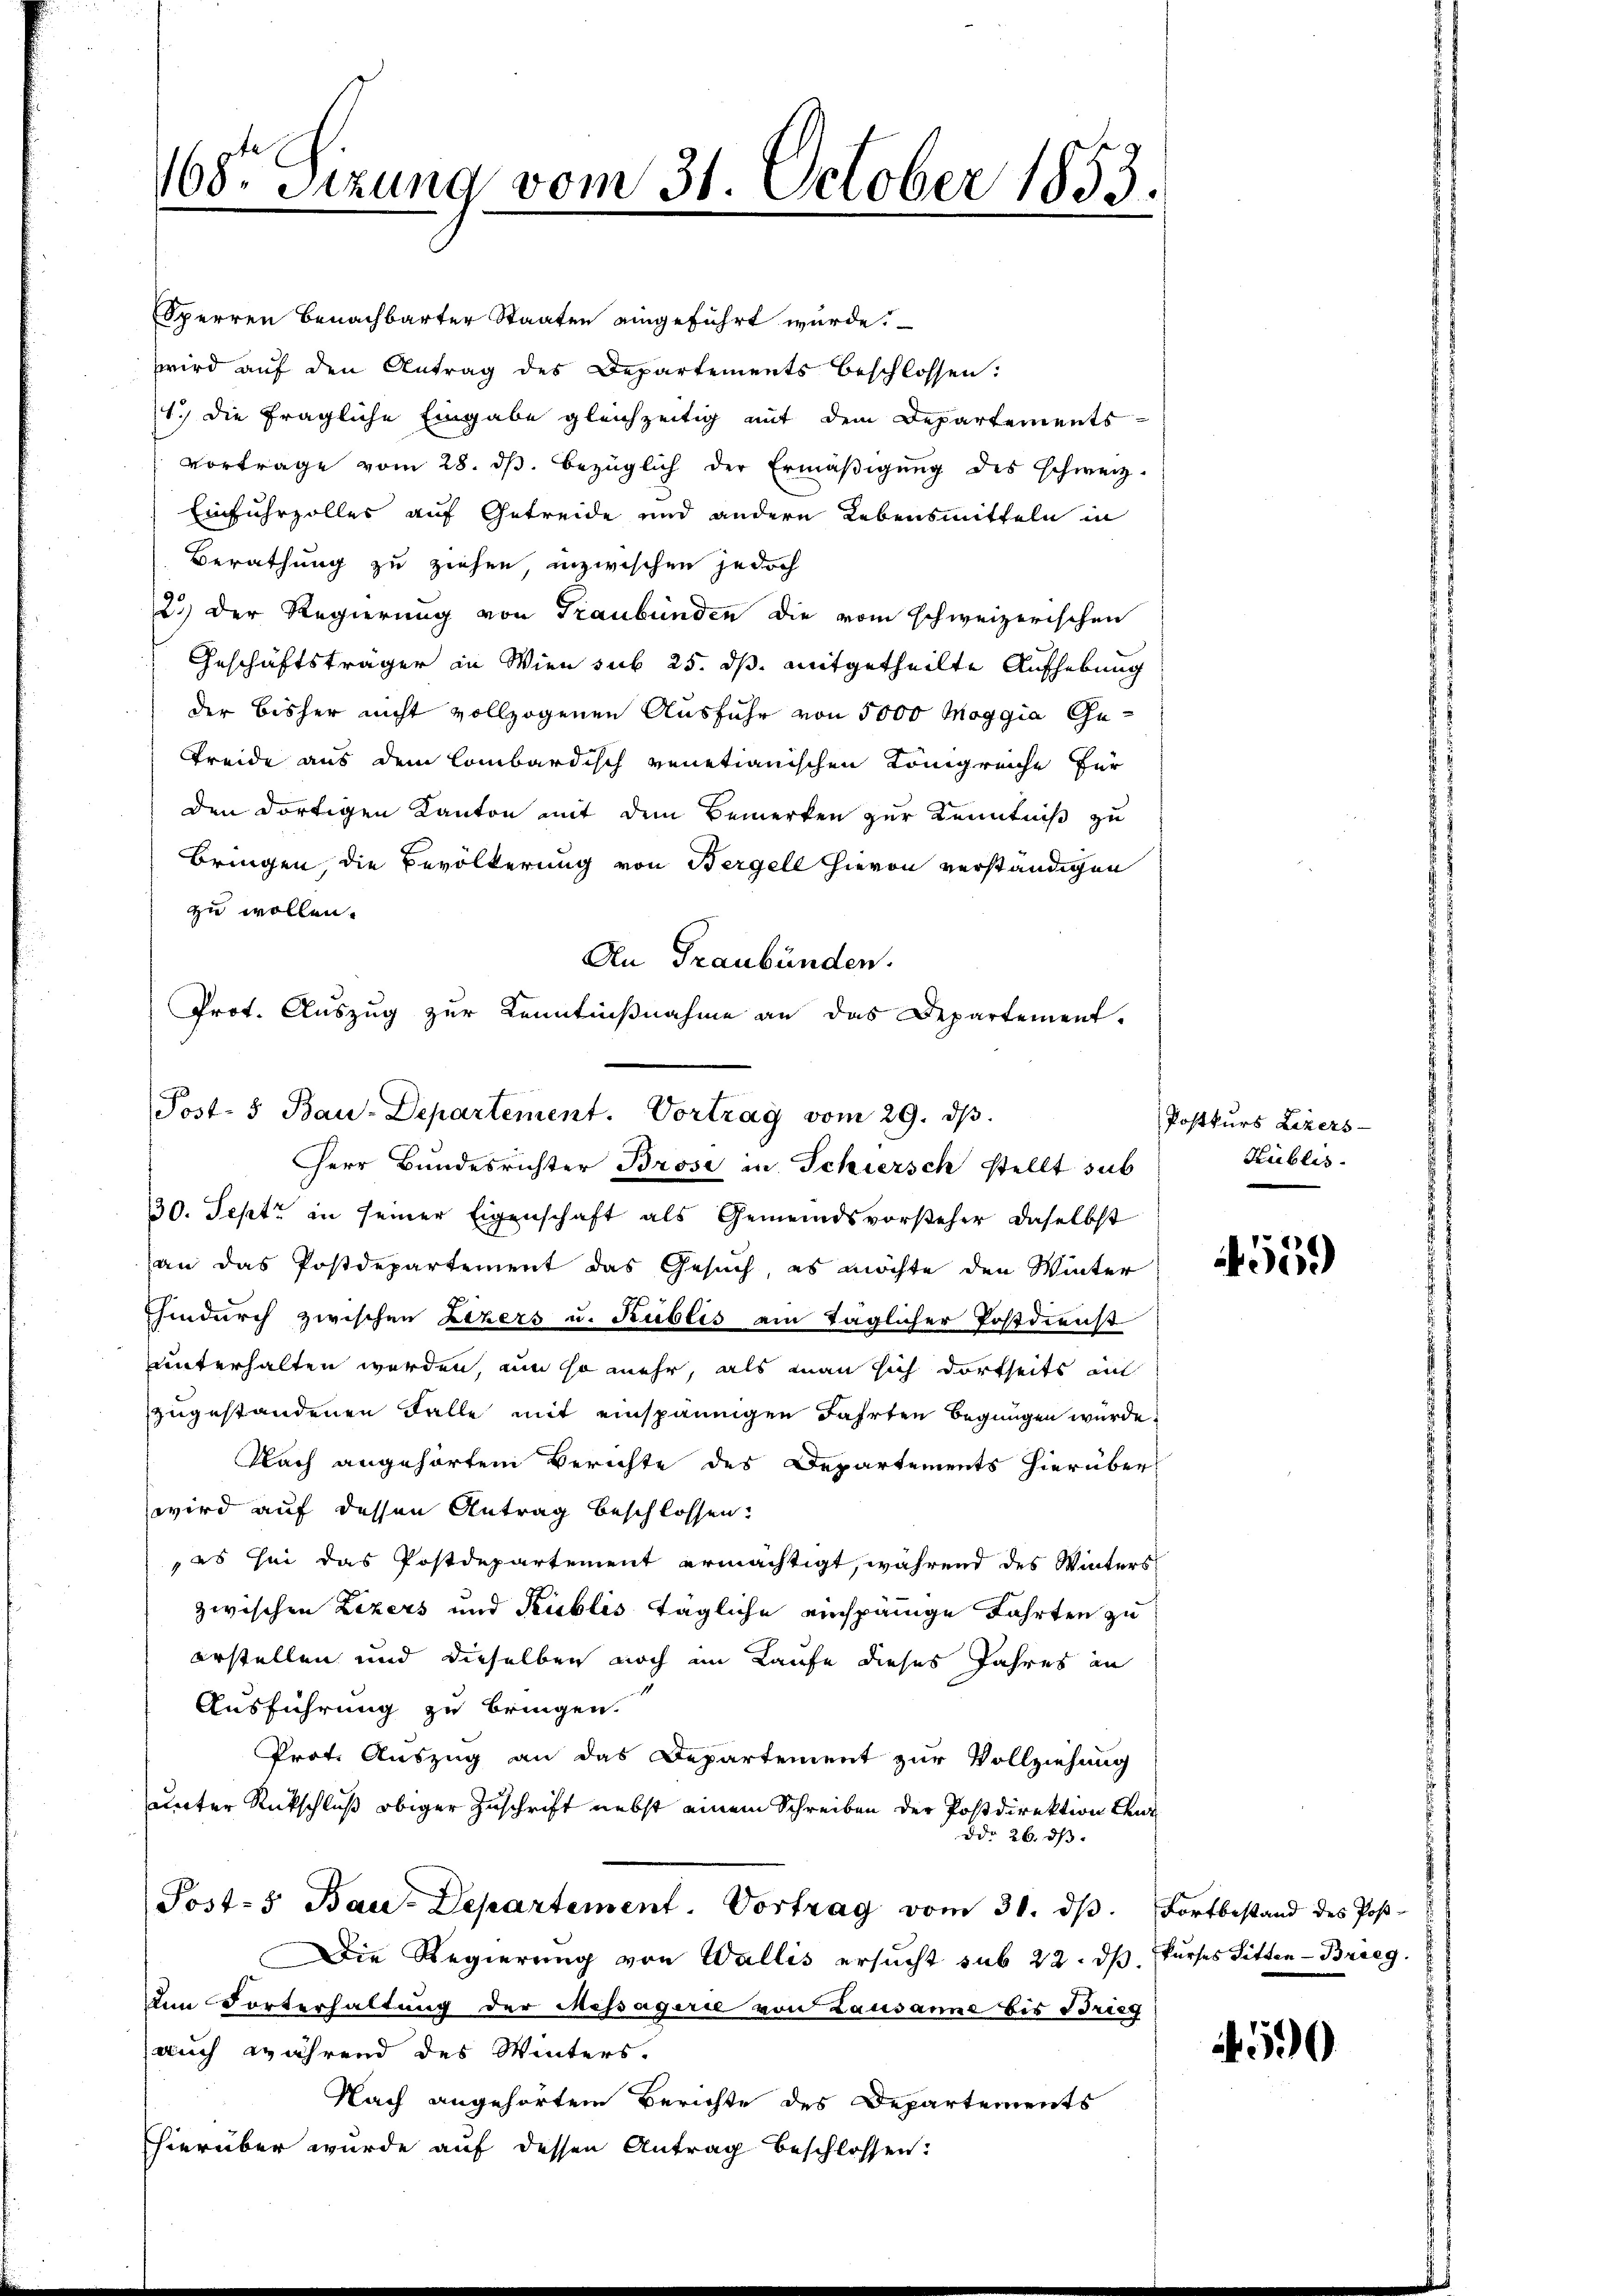
168. Sizung vom 31. October 1853.

Post- & Bau-Departement. Vortrag vom 29. dβ.
Herr Bundesrichter Brosi in Schiersch stellt sub

Sperren benachbarter Staaten eingeführt wurde.
wird auf den Antrag des Departements beschlossen:
1.) Die fragliche Eingabe gleichzeitig mit dem Departements-
vortrage vom 28. dβ. bezüglich der Ermäβigŭng des schweiz.
Einfuhrzolles auf Getreide und andern Lebensmitteln in
Berathung zu ziehen, inzwischen jedoch
2.) Der Regierung von Graubünden die vom schweizerischen
Geschäftsträger in Wien sub 25. ds. mitgetheilte Aufhebung
der bisher nicht vollzogenen Ausfuhr von 5000 Maggia Ge¬
Freide aus dem lombardisch venetianischen Königreiche für
den dortigen Kanton mit dem Bemerken zur Kenntniß zu
Bringen, die Bevölkerung von Bergell hievon verständigen
zu wollen.
An Graubünden.
Prot. Auszug zur Kenntniβnahme an das Departement.

30. Sept. in seiner Eigenschaft als Gemeindsvorsteher daselbst
an das Postdepartement das Gesuch, es möchte den Winter
hindurch zwischen Lezers u. Rublis am täglicher Postdienst
unterhalten werden, um so mehr, als man sich dortseits an
zugestandenen Falle mit einspännigen Fahrten begnügen wurde.
Nach angehörtem Berichte des Departements hierüber
wird auf dessen Antrag beschlossen.
,es sei das Postdepartement ermächtigt, während des Winters
zwischen Lizers und Kublis tägliche einspänige Fahrten zu
erstellen und dieselben noch im Laufe dieses Jahres an
Ausführung zu bringen.
Prot. Auszug an das Departement zur Vollziehung
unter Rückschluß obiger Zuschrift nebst einem Schreiben der Postdirektion Cent
ddo 26. ds.
Post- & Bau-Departement. Vortrag vom 31. dβ. Fortbestand des Post-
Die Regierung von Wallis ersucht sub 22. dβ. kurses Sitten-Brieg.
den Forterhaltung der Messagirie von Lausanne bis Brieg
auch während des Winters.
Nach angehörtem Berichte des Departements
hierüber wurde auf dessen Antrag beschlossen:

Postkurs Lizers
Kublis.

4559

590